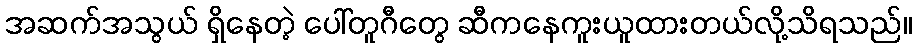
အဆက်အသွယ် ရှိနေတဲ့ ပေါ်တူဂီတွေ ဆီကနေကူးယူထားတယ်လို့သိရသည်။